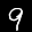
Label: 9